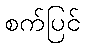
စက်ပြင်